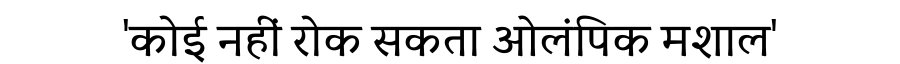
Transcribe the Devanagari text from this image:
'कोई नहीं रोक सकता ओलंपिक मशाल'